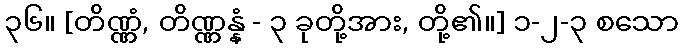
၃၆။ [တိဏ္ဏံ, တိဏ္ဏန္နံ - ၃ ခုတို့အား, တို့၏။] ၁-၂-၃ စသော